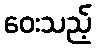
ဝေးသည့်